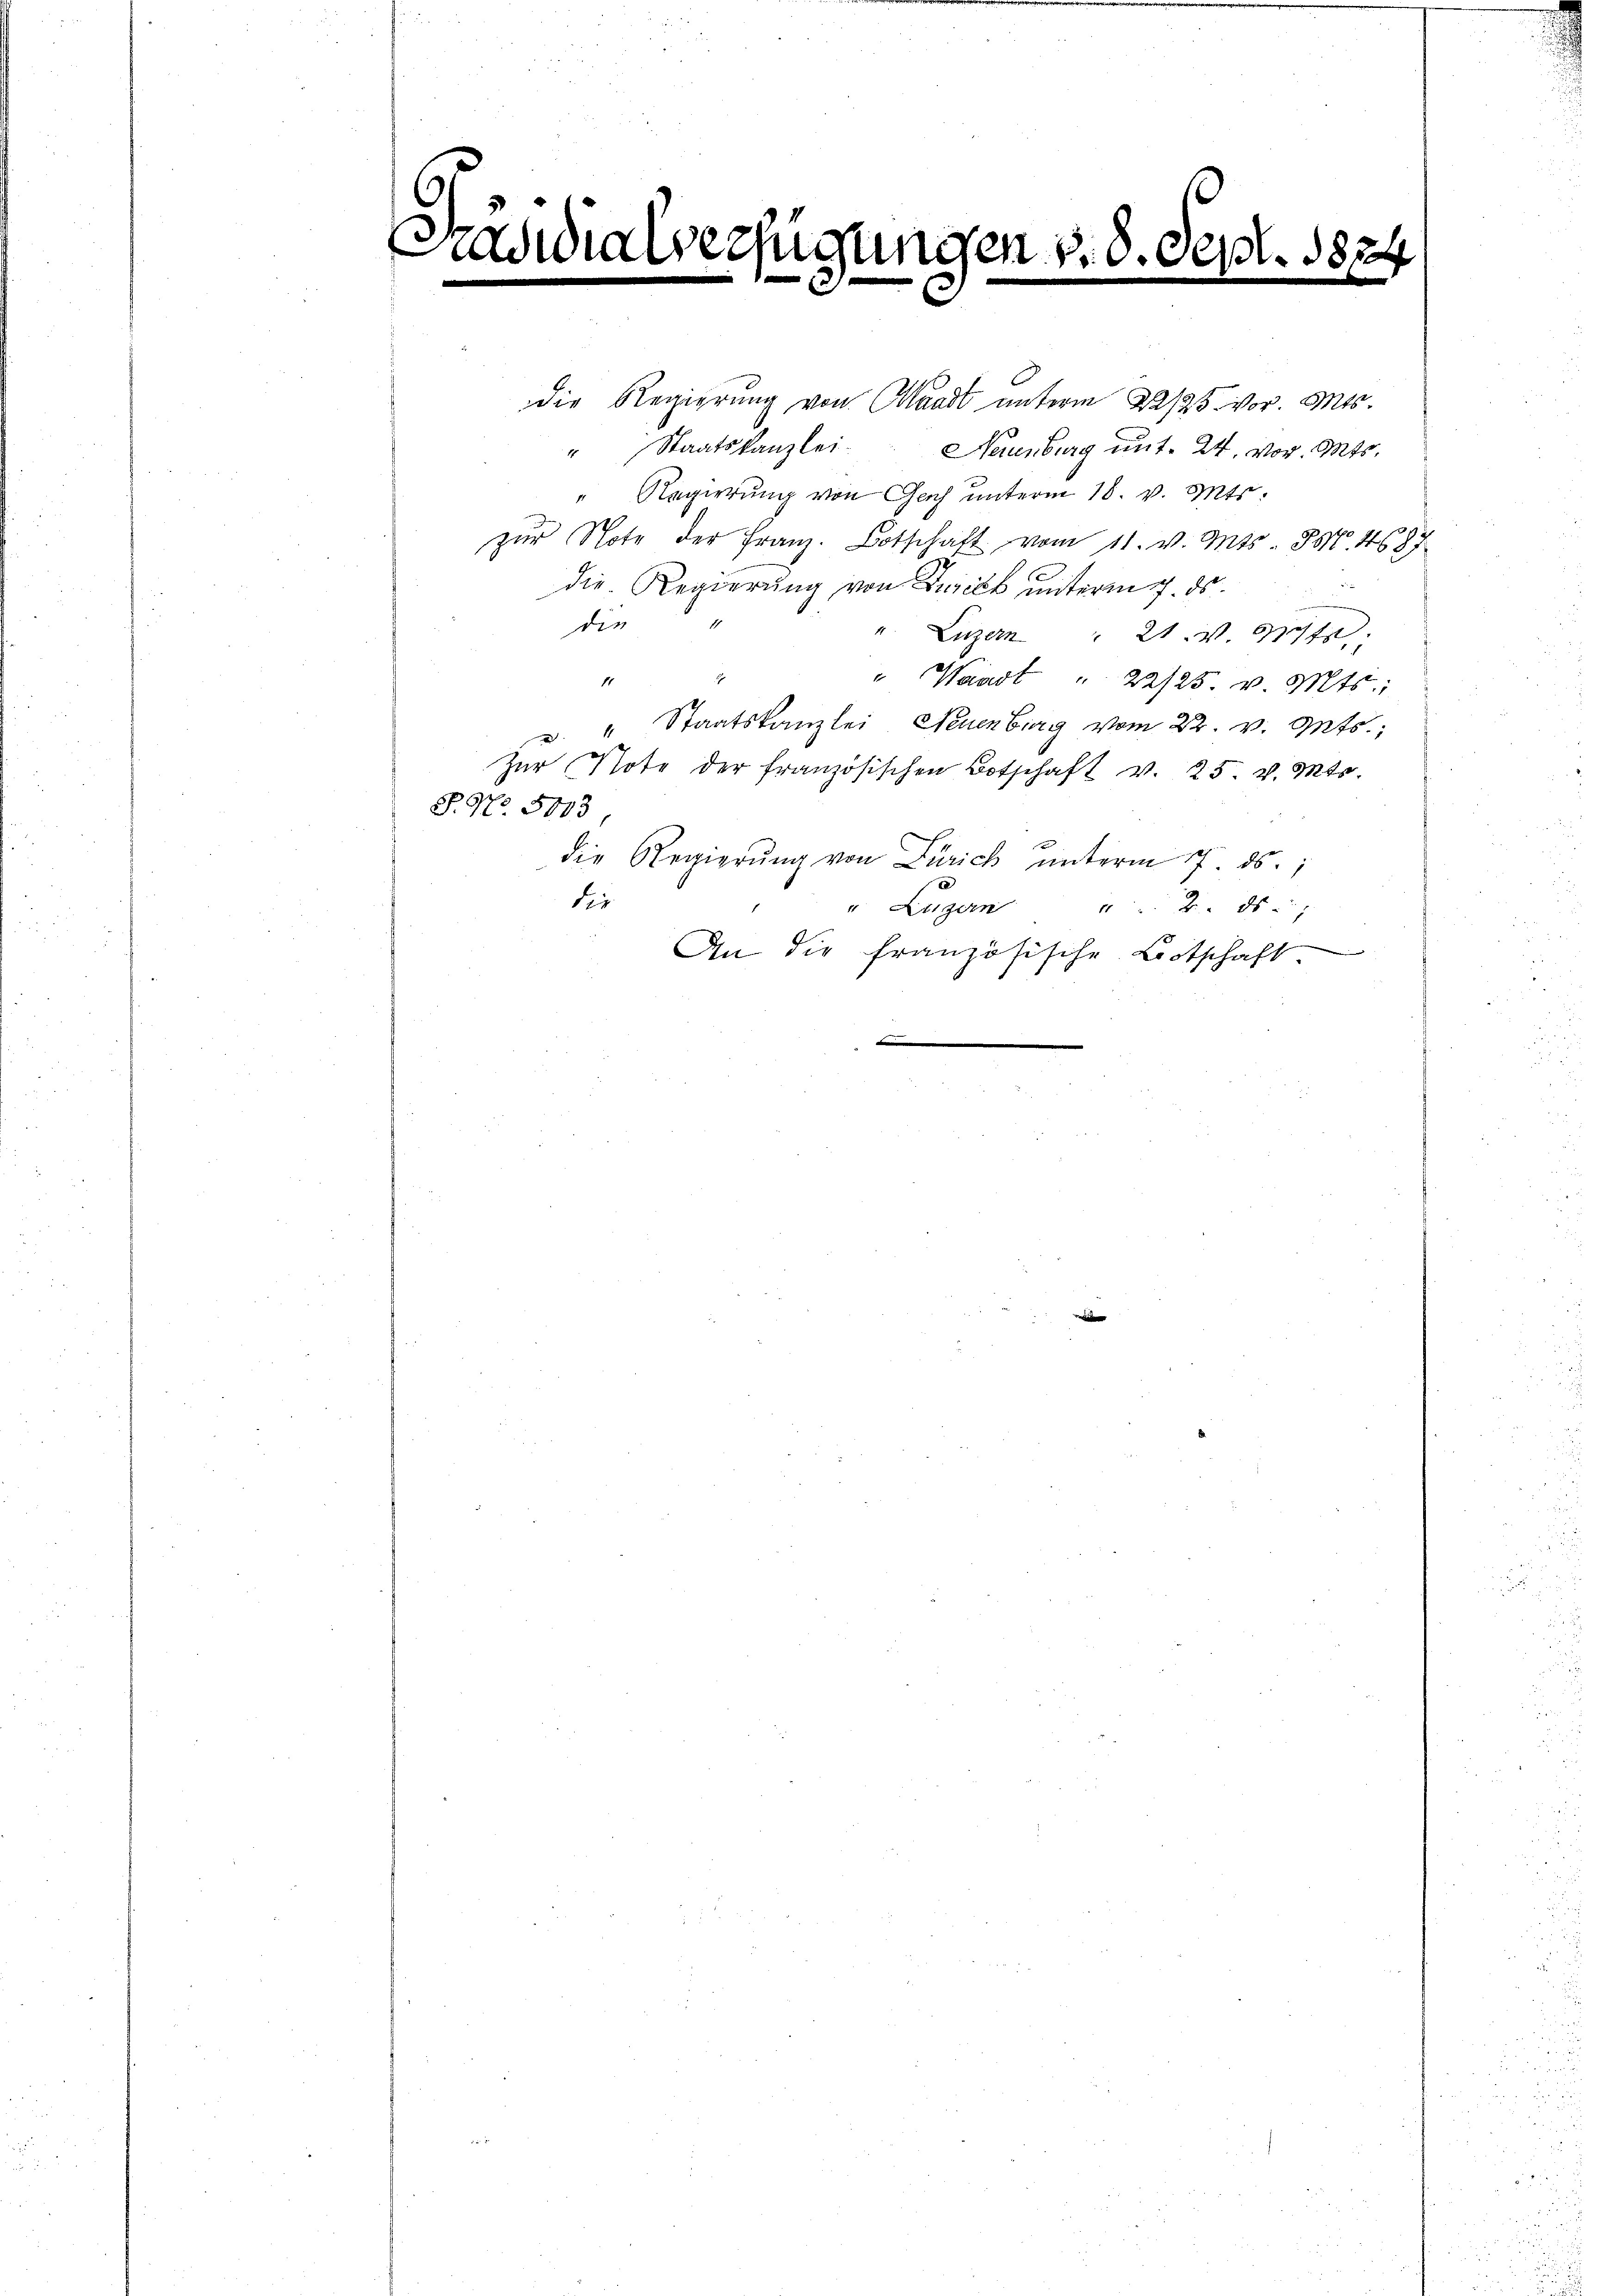
.

peesi

gungen v. 8. de

187

die Regierung von Waadt unterm 22/25. vor. Mts.
" Staatskanzlei Neuenburg unt. 24. vor. Mts.
" Regierung von Gach unterm 18. v. Mts.
zŭr Note der Franz. Botschaft vom 11. v. Mts. 85. 4687
die Regierung von Zusick unterm 7. ds.
die
". Luzern " 21. v. 317.
11
Waadt " 22/25. v. Mts.,
" Staatskanzlei Neuenburg vom 22. v. Mts.,
Zŭr Note der französischen Botschaft v. 25. v. Mts.
S. No. 5013
die Regierŭng von Zürich ŭnterm 7. ds.,
a
die
" Einigern
8
An die französische Botschaft
d